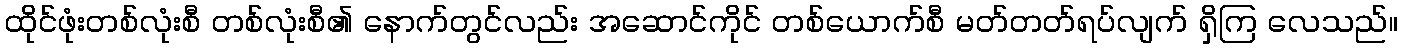
ထိုင်ဖုံးတစ်လုံးစီ တစ်လုံးစီ၏ နောက်တွင်လည်း အဆောင်ကိုင် တစ်ယောက်စီ မတ်တတ်ရပ်လျက် ရှိကြ လေသည်။